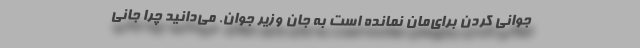
جوانی کردن برای‌مان نمانده است به جان وزیر جوان. می‌دانید چرا جانی